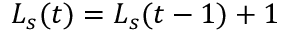
L _ { s } ( t ) = L _ { s } ( t - 1 ) + 1